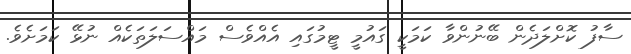
ސާފު ކޮށްލަދެން ބޭނުންވާ ކަމަކީ ގައުމީ ޓީމުގައި އެއްވެސް މައްސަލަތަކެއް ނުޅޭ ކަމަށެވެ.